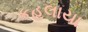
કહલાયા